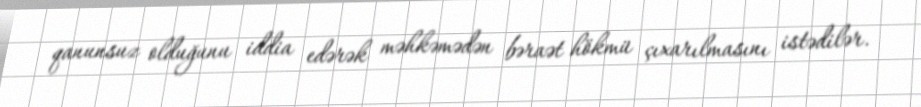
qanunsuz olduğunu iddia edərək məhkəmədən bəraət hökmü çıxarılmasını istədilər.